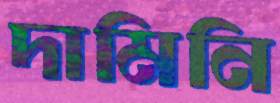
দামিনি